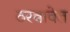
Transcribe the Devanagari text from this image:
ठरवावेत